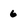
Character: 6